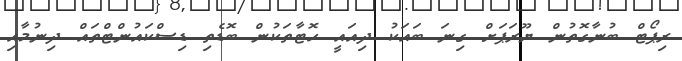
ރިޕޯޓް ބުނާގޮތުން ޔޫރަޕަށް ގިނަ ބައަކު ދިއައީ ހޮޓާތަކުން ބޮޑެތި ޑިސްކައުންޓްތައް ދިނުމާއި